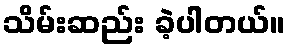
သိမ်းဆည်း ခဲ့ပါတယ်။